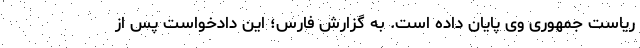
ریاست جمهوری وی پایان داده است. به گزارش فارس؛ این دادخواست پس از